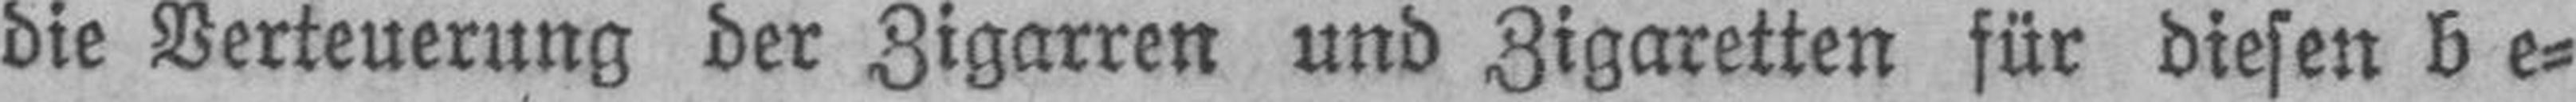
die Verteuerung der Zigarren und Zigaretten für diesen be¬